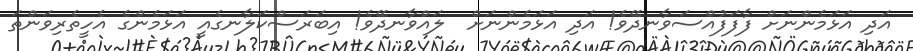
އަދި އަޅަމެންނަށް ފާފަފުއްސަވާނދޭވެ! އަދި އަޅަމެންނަށް  ލައްވާނދޭވެ! އިބަރަސްކަލާނގެއީ އަޅަމެންގެ އެހީތެރިވަންތަ